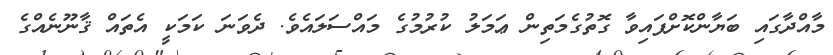
މާއްދާގައި ބަޔާންކޮށްފައިވާ ގޮތުގެމަތިން ޢަމަލު ކުރުމުގެ މައްސަލައެވެ. ދެވަނަ ކަމަކީ އެތައް ޤާނޫނެއްގެ